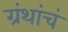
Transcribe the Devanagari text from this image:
ग्रंथांचं